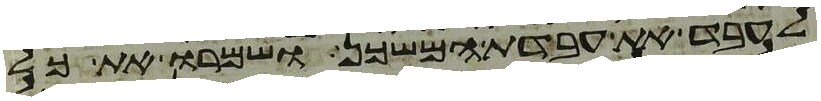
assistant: לעבד את עבדת המשכן ושמרו את כל